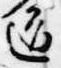
道